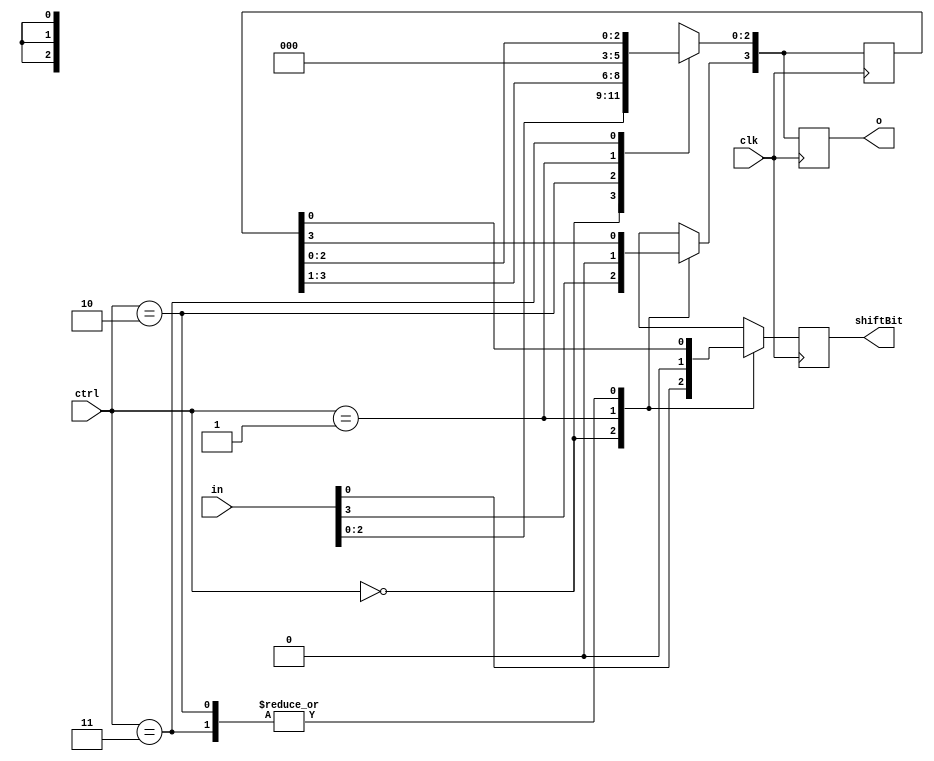
// A register can shift, load, or reset.
module Areg(in, ctrl, o, shiftBit, clk);
input [3:0] in;
input [1:0] ctrl;
reg [3:0] m_O;
reg m_ShiftBit;
input clk;
output [3:0] o;
output shiftBit;

// I hate this compiler for not supporting the full language specification.
assign o = m_O;
assign shiftBit = m_ShiftBit;

// Control signals.
parameter CTRL_LOAD = 2'b00, CTRL_RESET = 2'b01, CTRL_SHIFT = 2'b10, CTRL_HOLD = 2'b11;

// Hidden/internal value. This is a register after all.
reg [3:0] m_Reg;

// State system.
always @(posedge clk) begin
    case(ctrl)
        CTRL_LOAD: begin
            m_Reg = in;
            m_ShiftBit = m_Reg[0];
        end
        CTRL_SHIFT: begin
            m_ShiftBit = m_Reg[0];
            m_Reg = m_Reg >> 1;
            m_Reg[3] = m_Reg[2]; // MSB preserved on shift.
        end
        CTRL_RESET: begin
            m_Reg = 0;
            m_ShiftBit = m_Reg[0];
        end
        CTRL_HOLD: begin
            m_ShiftBit = m_Reg[0];
        end
    endcase
    m_O = m_Reg;
end

endmodule